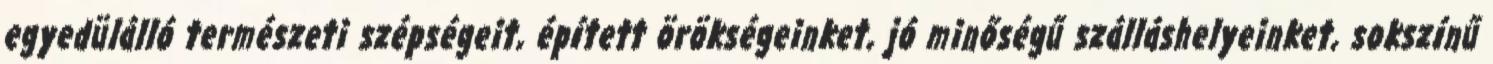
egyedülálló természeti szépségeit, épített örökségeinket, jó minőségű szálláshelyeinket, sokszínű